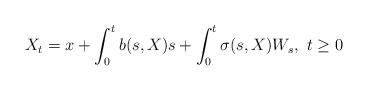
LaTeX: \begin{align*}X_t = x+\int_{0}^{t}b(s,X)s+\int_{0}^{t}\sigma(s,X)W_s,\,\, t \geq 0\end{align*}